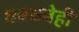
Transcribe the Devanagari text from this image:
धबधबेही